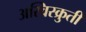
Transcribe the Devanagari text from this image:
अस्विस्क्रुती